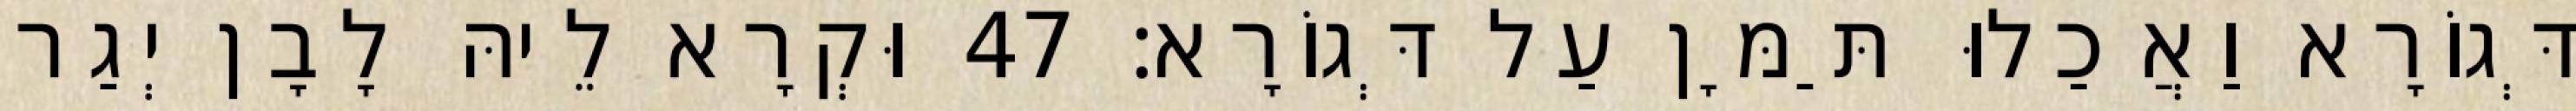
דְּגוֹרָא וַאֲכַלוּ תַּמָּן עַל דְּגוֹרָא׃ 47 וּקְרָא לֵיהּ לָבָן יְגַר